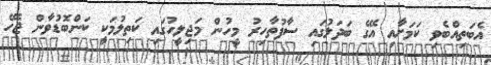
އެބަތިއްބެވި ކަމަށާއި އޭގެ ބަދަލުގައި ސާފުތާހިރު މީހުން މަޖިލީހުގައި ކަތިލުމަކީ ކަންބޮޑުވާން ޖެހޭ